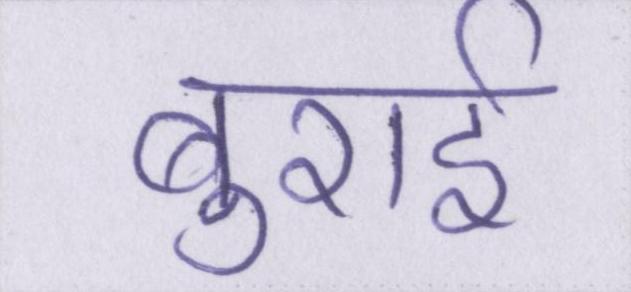
बुराई